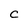
Character: C